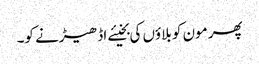
پھر مون کو بلاؤں کی بخیئے اڈھیڑنے کو۔